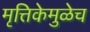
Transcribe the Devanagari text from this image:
मृत्तिकेमुळेच